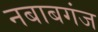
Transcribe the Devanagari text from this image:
नबाबगंज